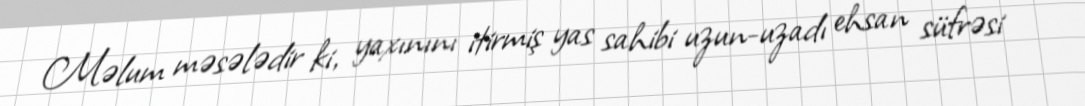
Məlum məsələdir ki, yaxınını itirmiş yas sahibi uzun-uzadı ehsan süfrəsi